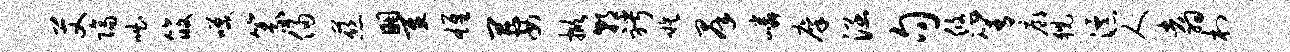
艾隔咄筱笑篆侵慈瞿雄萋掀朝聘嗾群嶙廪涵句悠箐廊猊瀑人翥村